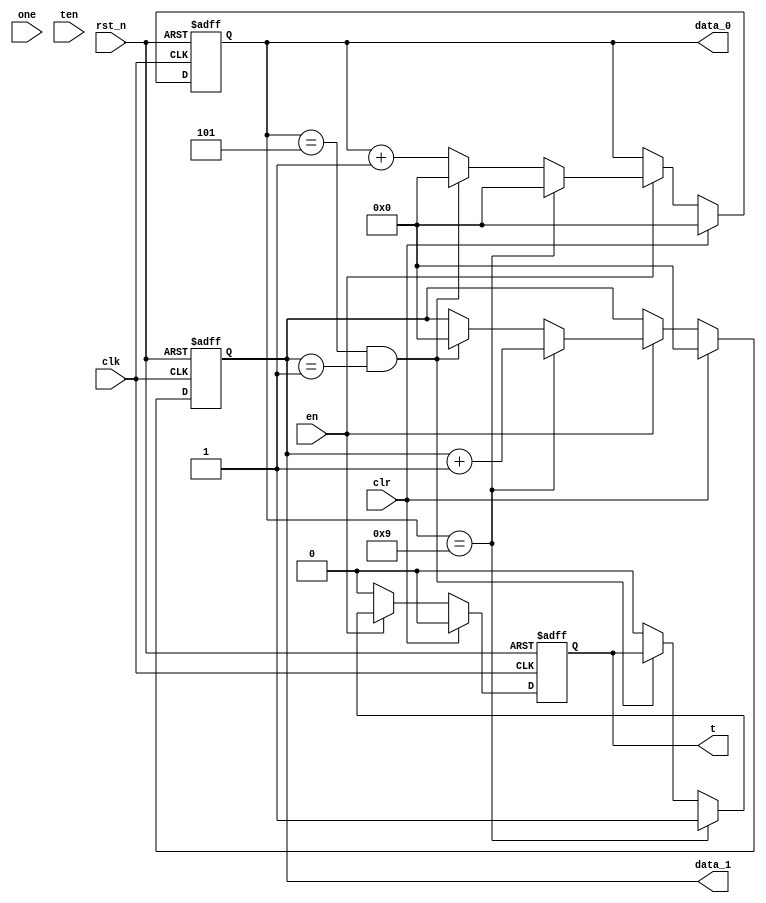
module count_m16(
                 input          clk,
                 input          rst_n,
                 input          en,    //Counter enable
                 input          clr,   //Counter synchronous reset 
                 input          one,
                 input          ten,
                 output reg[3:0]data_0,
                 output reg[3:0]data_1,  //counter value
                 output reg     t      // carry enable signal
                );
always@(posedge clk or negedge rst_n) 

begin
    if(rst_n==0)
    begin
        data_0 <= 4'd0;
        data_1 <= 4'd0;
        t <= 1'd0;
    end
    else if(clr)
    begin
        data_0 <= 4'd0;
        data_1 <= 4'd0;
        t <= 1'd0;      
    end
    else if(en)
    begin
        if(data_0==4'd9)
        begin
            t<= 1'b1;    //Counter to 9 to generate carry
            data_1 <= data_1 +1; 
            data_0 <= 4'd0;//Counter to 9 reset
        end
        else if(data_0 == 4'd5 && data_1 == 4'd1)
        begin
            data_0 <= 4'd0;
            data_1 <= 4'd0;
        end
        else
        begin
            t <= 1'b0;
            data_0 <= data_0 + 4'd1;
        end
    end
    else
        t <= 1'b0;
end

endmodule